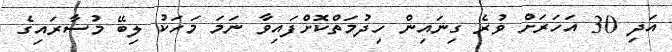
އަދި 30 އަހަރަށް ވުރެ ގިނައިން ހިދުމަތްކޮށްފައިވާ ނަމަ މަހަކު ލިބޭ މުސާރައިގެ